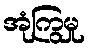
အုံကြွမှု